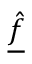
\underline { { \hat { f } } }